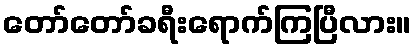
တော်တော်ခရီးရောက်ကြပြီလား။